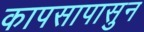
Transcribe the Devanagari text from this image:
कापसापासुन